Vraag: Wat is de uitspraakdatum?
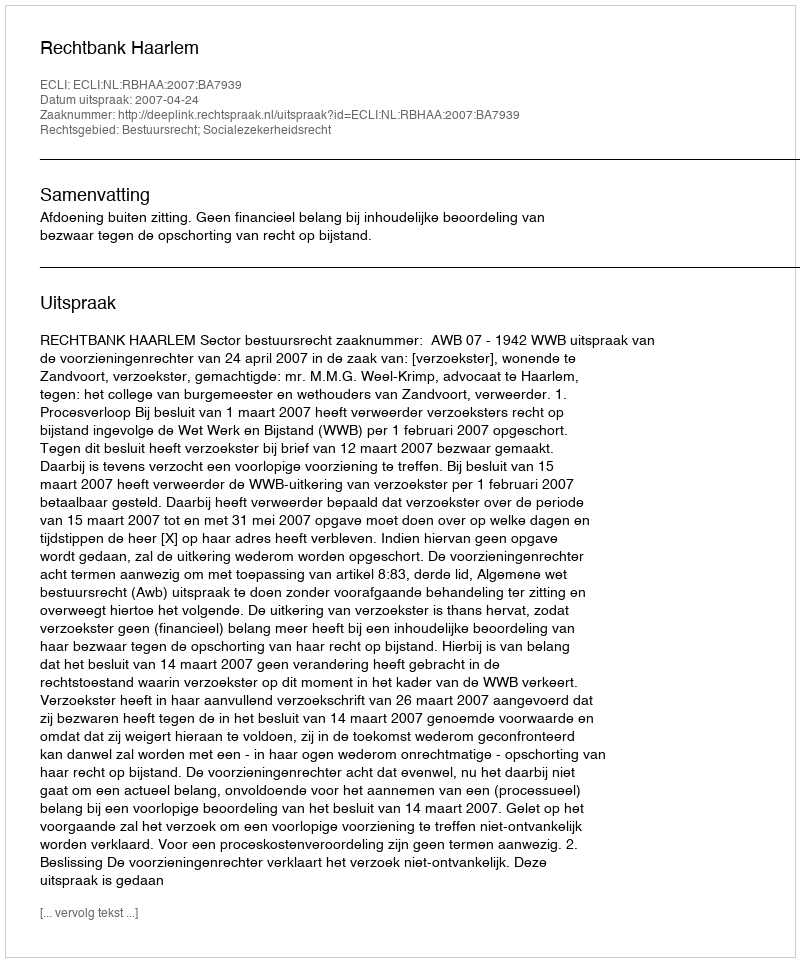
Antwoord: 2007-04-24